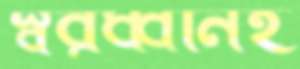
স্বরধ্বনিই